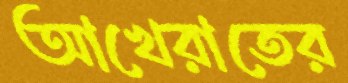
আখেরাতের